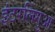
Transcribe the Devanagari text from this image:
इंटरलिंगुआ